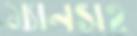
ম্যানসহ